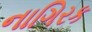
નાગિરક